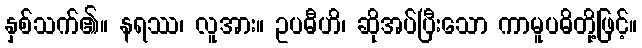
နှစ်သက်၏။ နရဿ၊ လူအား။ ဥပဓီဟိ၊ ဆိုအပ်ပြီးသော ကာမူပဓိတို့ဖြင့်။